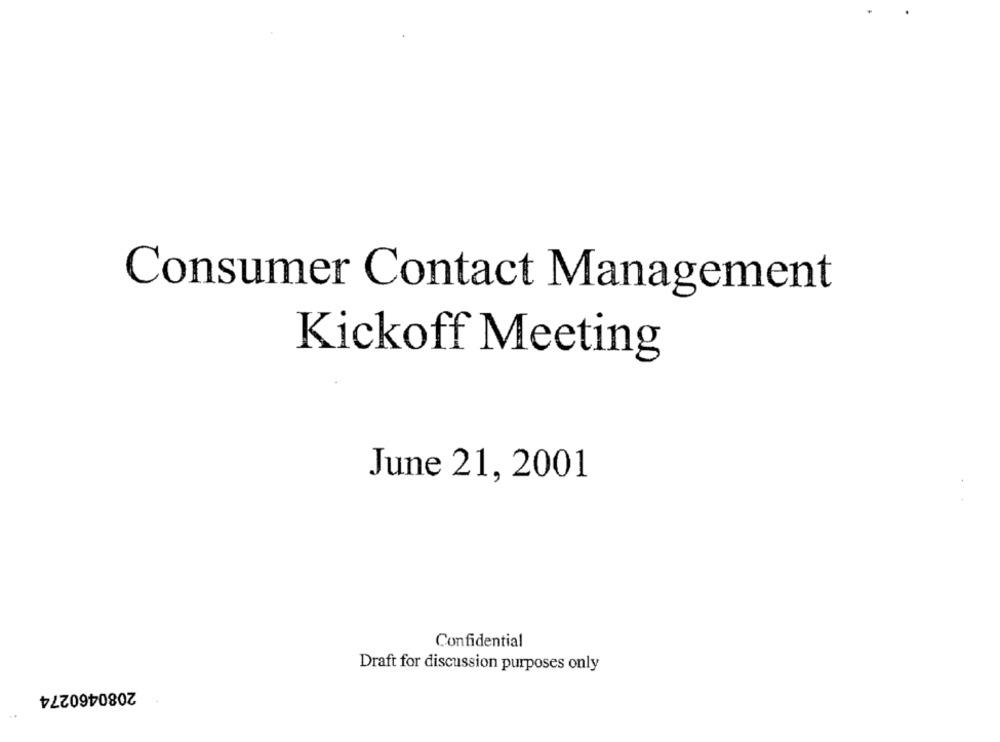
Consumer Contact Management
Kickoff Meeting
June 21, 2001
Confidential
Draft for discussion purposes only
2080460274